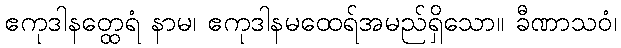
ဧကုဒါနတ္ထေရံ နာမ၊ ဧကုဒါနမထေရ်အမည်ရှိသော။ ခီဏာသဝံ၊